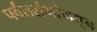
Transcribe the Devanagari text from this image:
पर्वतरांगांमधून